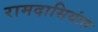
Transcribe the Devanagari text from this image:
रामदासियांत